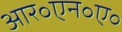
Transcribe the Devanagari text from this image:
आर॰एन॰ए॰